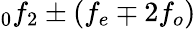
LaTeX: _0f_{2}\pm\left(f_{e}\mp 2f_{o}\right)